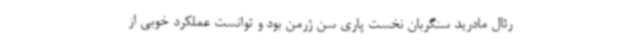
رئال مادرید سنگربان نخست پاری سن ژرمن بود و توانست عملکرد خوبی از